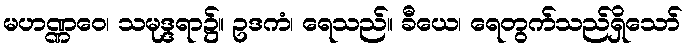
မဟဏ္ဏဝေ၊ သမုဒ္ဒရာ၌။ ဥဒကံ၊ ရေသည်။ ခီယေ၊ ရေတွက်သည်ရှိသော်